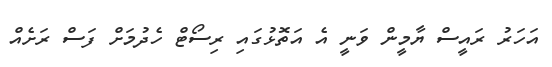
އަހަރު ރައީސް ޔާމީން ވަނީ އެ އަތޮޅުގައި ރިސޯޓް ހެދުމަށް ފަސް ރަށެއް